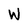
Character: W